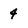
Character: 4